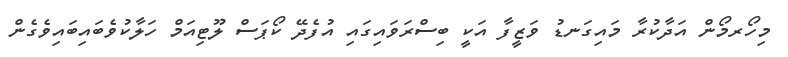
މިހޯރމޯން އަދާކުރާ މައިގަނޑު ވަޒީފާ އަކީ ބިސްރަވައިގައި އުފެދޭ ކޯޕަސް ލޫޓިއަމް ހަލާކުވެބައިބައިވެގެން